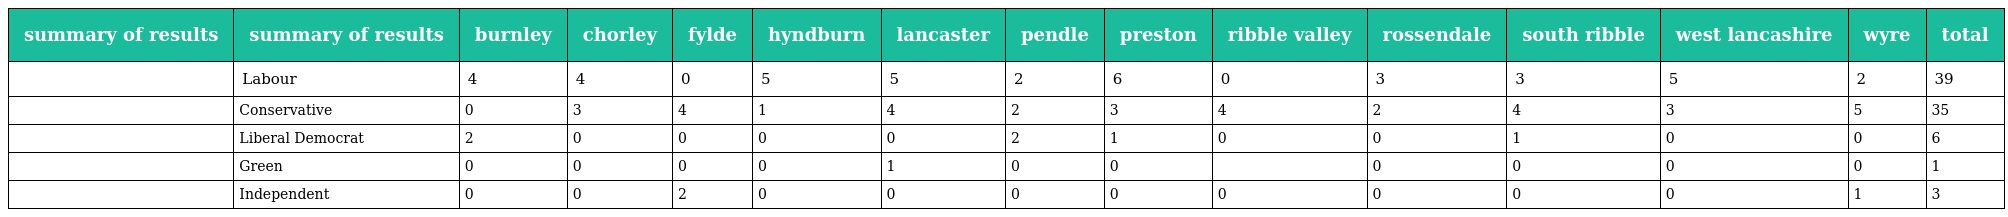
| summary of results | summary of results | burnley | chorley | fylde | hyndburn | lancaster | pendle | preston | ribble valley | rossendale | south ribble | west lancashire | wyre | total |
 | --- | --- | --- | --- | --- | --- | --- | --- | --- | --- | --- | --- | --- | --- | --- |
 |  | Labour | 4 | 4 | 0 | 5 | 5 | 2 | 6 | 0 | 3 | 3 | 5 | 2 | 39 |
 |  | Conservative | 0 | 3 | 4 | 1 | 4 | 2 | 3 | 4 | 2 | 4 | 3 | 5 | 35 |
 |  | Liberal Democrat | 2 | 0 | 0 | 0 | 0 | 2 | 1 | 0 | 0 | 1 | 0 | 0 | 6 |
 |  | Green | 0 | 0 | 0 | 0 | 1 | 0 | 0 |  | 0 | 0 | 0 | 0 | 1 |
 |  | Independent | 0 | 0 | 2 | 0 | 0 | 0 | 0 | 0 | 0 | 0 | 0 | 1 | 3 |